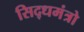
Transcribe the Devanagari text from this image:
सिद्धमंत्रो